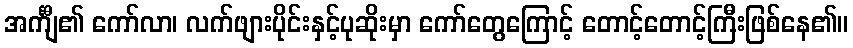
အင်္ကျီ၏ ကော်လာ၊ လက်ဖျားပိုင်းနှင့်ပုဆိုးမှာ ကော်တွေကြောင့် တောင့်တောင့်ကြီးဖြစ်နေ၏။